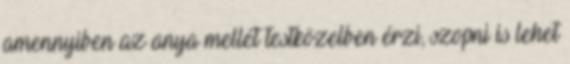
amennyiben az anya mellét testközelben érzi, szopni is lehet